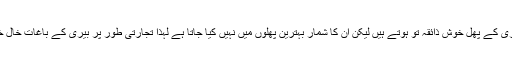
تینوں اقسام کی بیری کے پھل خوش ذائقہ تو ہوتے ہیں لیکن ان کا شمار بہترین پھلوں میں نہیں کیا جاتا ہے لہٰذا تجارتی طور پر بیری کے باغات خال خال ہی ملتے ہیں ۔